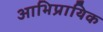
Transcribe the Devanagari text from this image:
आभिप्रायिक